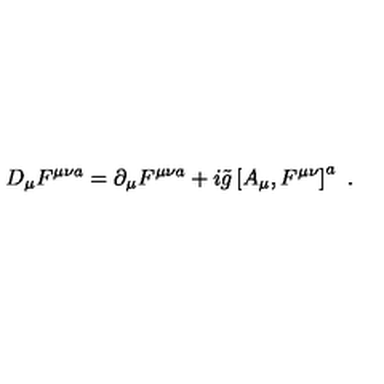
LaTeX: D _ { \mu } F ^ { \mu \nu a } = \partial _ { \mu } F ^ { \mu \nu a } + i \tilde { g } \left[ A _ { \mu } , F ^ { \mu \nu } \right] ^ { a } \ .